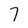
Character: 7